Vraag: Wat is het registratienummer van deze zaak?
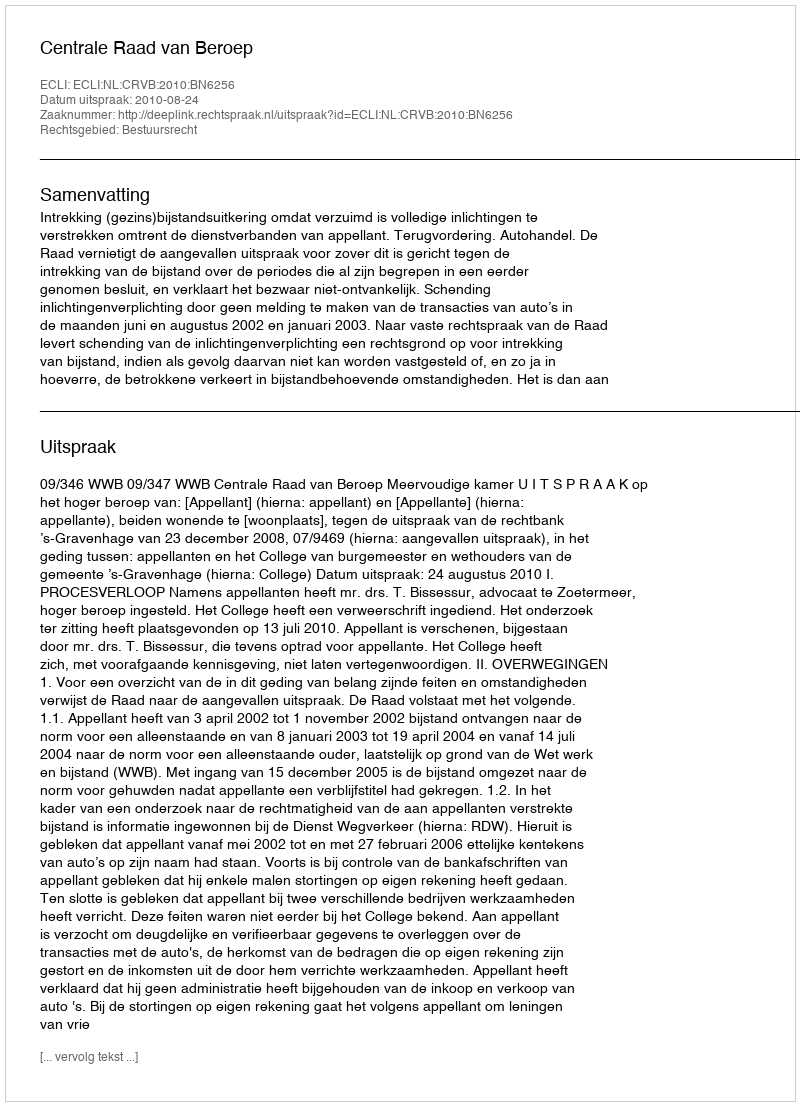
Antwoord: http://deeplink.rechtspraak.nl/uitspraak?id=ECLI:NL:CRVB:2010:BN6256